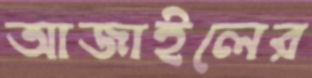
আজাইলের